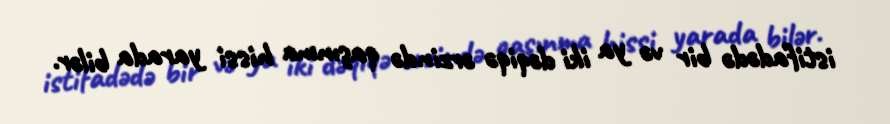
istifadədə bir və ya iki dəqiqə ərzində qaşınma hissi yarada bilər.